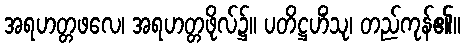
အရဟတ္တဖလေ၊ အရဟတ္တဖိုလ်၌။ ပတိဋ္ဌဟိံသု၊ တည်ကုန်၏။